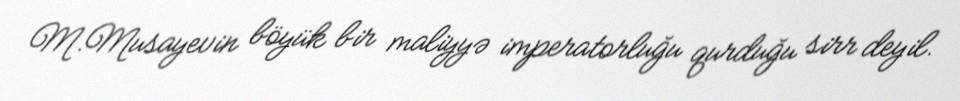
M.Musayevin böyük bir maliyyə imperatorluğu qurduğu sirr deyil.